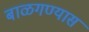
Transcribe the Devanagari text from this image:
बाळगण्यास